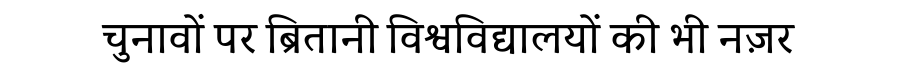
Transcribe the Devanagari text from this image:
चुनावों पर ब्रितानी विश्वविद्यालयों की भी नज़र